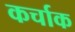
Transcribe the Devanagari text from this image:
कर्चाक